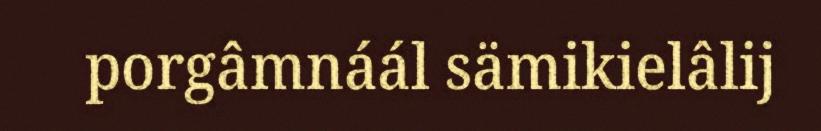
porgâmnáál sämikielâlij